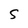
Character: S